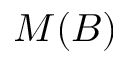
M ( B )